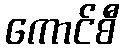
ကောင်စီ